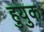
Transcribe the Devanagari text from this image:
हुयुक